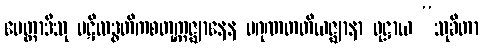
မေတ္တာဒီသု ပဋိလဒ္ဓတိကစတုက္ကဇ္ဈာနေန ပဂုဏတတိယဇ္ဈာနာ ဝုဋ္ဌာယ “သုခိတာ